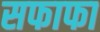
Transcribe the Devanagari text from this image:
सफाफा